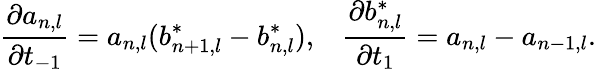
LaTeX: \frac{\partial a_{n,l}}{\partial t_{-1}}=a_{n,l}(b_{n+1,l}^{*}-b_{n,l}^{*}),\; \; \; \frac{\partial b_{n,l}^{*}}{\partial t_{1}}=a_{n,l}-a_{n-1,l}.